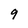
Character: 9